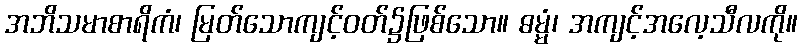
အဘိသမာစာရိကံ၊ မြတ်သောကျင့်ဝတ်၌ဖြစ်သော။ ဓမ္မံ၊ အကျင့်အလေ့သီလကို။